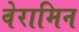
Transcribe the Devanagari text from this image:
वेरामिन